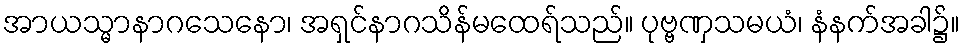
အာယသ္မာနာဂသေနော၊ အရှင်နာဂသိန်မထေရ်သည်။ ပုဗ္ဗဏှသမယံ၊ နံနက်အခါ၌။